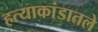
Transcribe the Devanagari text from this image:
हत्याकांडातले